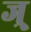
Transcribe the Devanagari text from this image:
ज्र्